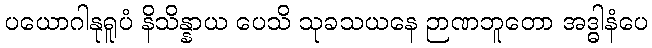
ပယောဂါနုရူပံ နိသိန္နာယ ပေသိ သုခသယနေ ဉာဏဘူတော အဒ္ဓါနံပေ